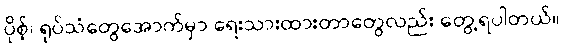
ပိုစ့်၊ ရုပ်သံတွေအောက်မှာ ရေးသားထားတာတွေလည်း တွေ့ရပါတယ်။